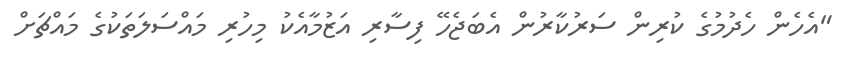
"އެހެން ހެދުމުގެ ކުރިން ސަރުކާރުން އެބަޖެހޭ ފިސާރި އަޒުމާއެކު މިހުރި މައްސަލަތަކުގެ މައްޗަށް